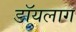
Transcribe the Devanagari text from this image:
डॉयलाग